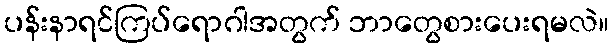
ပန်းနာရင်ကြပ်ရောဂါအတွက် ဘာတွေစားပေးရမလဲ။